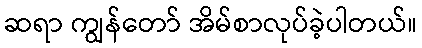
ဆရာ ကျွန်တော် အိမ်စာလုပ်ခဲ့ပါတယ်။